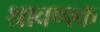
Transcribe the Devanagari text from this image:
श्रावणक